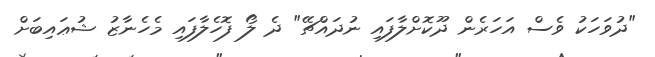
"ދުވަހަކު ވެސް އަހަރެން ދޫކޮށްލާފައި ނުދައްޗޭ" ދެ ލޯ ފޮހެލާފައި މެހެނާޒު ޝުޢައިބަށް